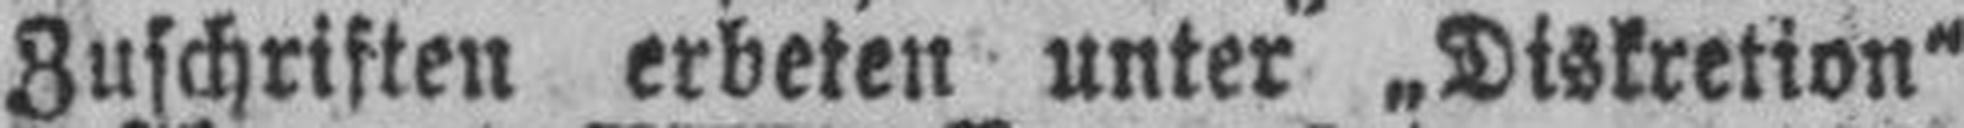
Zuschriften erbeten unter „Diskretion“